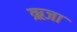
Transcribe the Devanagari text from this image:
ऋजा